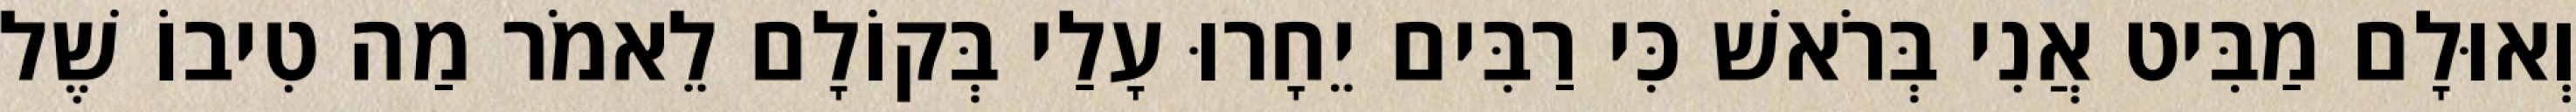
וְאוּלָם מַבִּיט אֲנִי בְּרֹאשׁ כִּי רַבִּים יֵחָרוּ עָלַי בְּקוֹלָם לֵאמֹר מַה טִיבוֹ שֶׁל